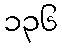
၁၃၆